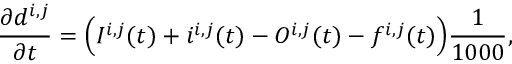
\frac { \partial d ^ { i , j } } { \partial t } = \Bigl ( I ^ { i , j } ( t ) + i ^ { i , j } ( t ) - O ^ { i , j } ( t ) - f ^ { i , j } ( t ) \Bigr ) \frac { 1 } { 1 0 0 0 } ,